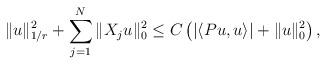
LaTeX: \begin{align*}\| u \|_{1/r}^{2} + \sum_{j=1}^{N} \|X_{j} u \|_{0}^{2} \leq C \left( |\langle P u , u \rangle | + \| u\|^{2}_{0} \right),\end{align*}